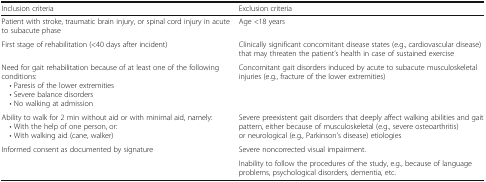
| Inclusion criteria | Exclusion criteria |
 | --- | --- |
 | Patient with stroke, traumatic brain injury, or spinal cord injury in acute to subacute phase | Age <18 years |
 | First stage of rehabilitation (<40 days after incident) | Clinically significant concomitant disease states (e.g., cardiovascular disease) that may threaten the patient’s health in case of sustained exercise |
 | Need for gait rehabilitation because of at least one of the following conditions: • Paresis of the lower extremities • Severe balance disorders • No walking at admission | Concomitant gait disorders induced by acute to subacute musculoskeletal injuries (e.g., fracture of the lower extremities) |
 | Ability to walk for 2 min without aid or with minimal aid, namely: • With the help of one person, or: • With walking aid (cane, walker) | Severe preexistent gait disorders that deeply affect walking abilities and gait pattern, either because of musculoskeletal (e.g., severe osteoarthritis) or neurological (e.g., Parkinson’s disease) etiologies |
 | Informed consent as documented by signature | Severe noncorrected visual impairment. |
 |  | Inability to follow the procedures of the study, e.g., because of language problems, psychological disorders, dementia, etc. |